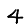
Digit: 4